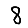
Digit: 8